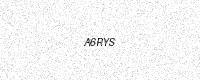
Text: A6RYS